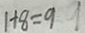
1 + 8 = 9